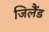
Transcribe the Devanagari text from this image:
जिलैंड